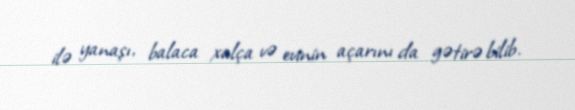
ilə yanaşı, balaca xalça və evinin açarını da gətirə bilib.